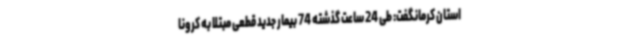
استان کرمانگفت: طی 24 ساعت گذشته 74 بیمار جدید قطعی مبتلا به کرونا